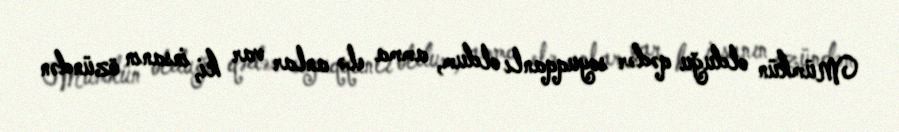
Mümkün olduğu qədər soyuqqanlı oldum, amma elə anlar var ki, insanın özündən